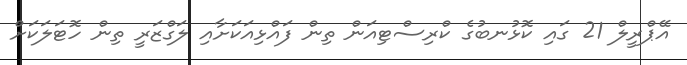
އޭޕްރީލް 21 ގައި ކޮޅުނބުގެ ކްރިސްޓިއަން ތިން ފައްޅިއަކަށާއި ލަގްޒަރީ ތިން ހޮޓަލަކަށް